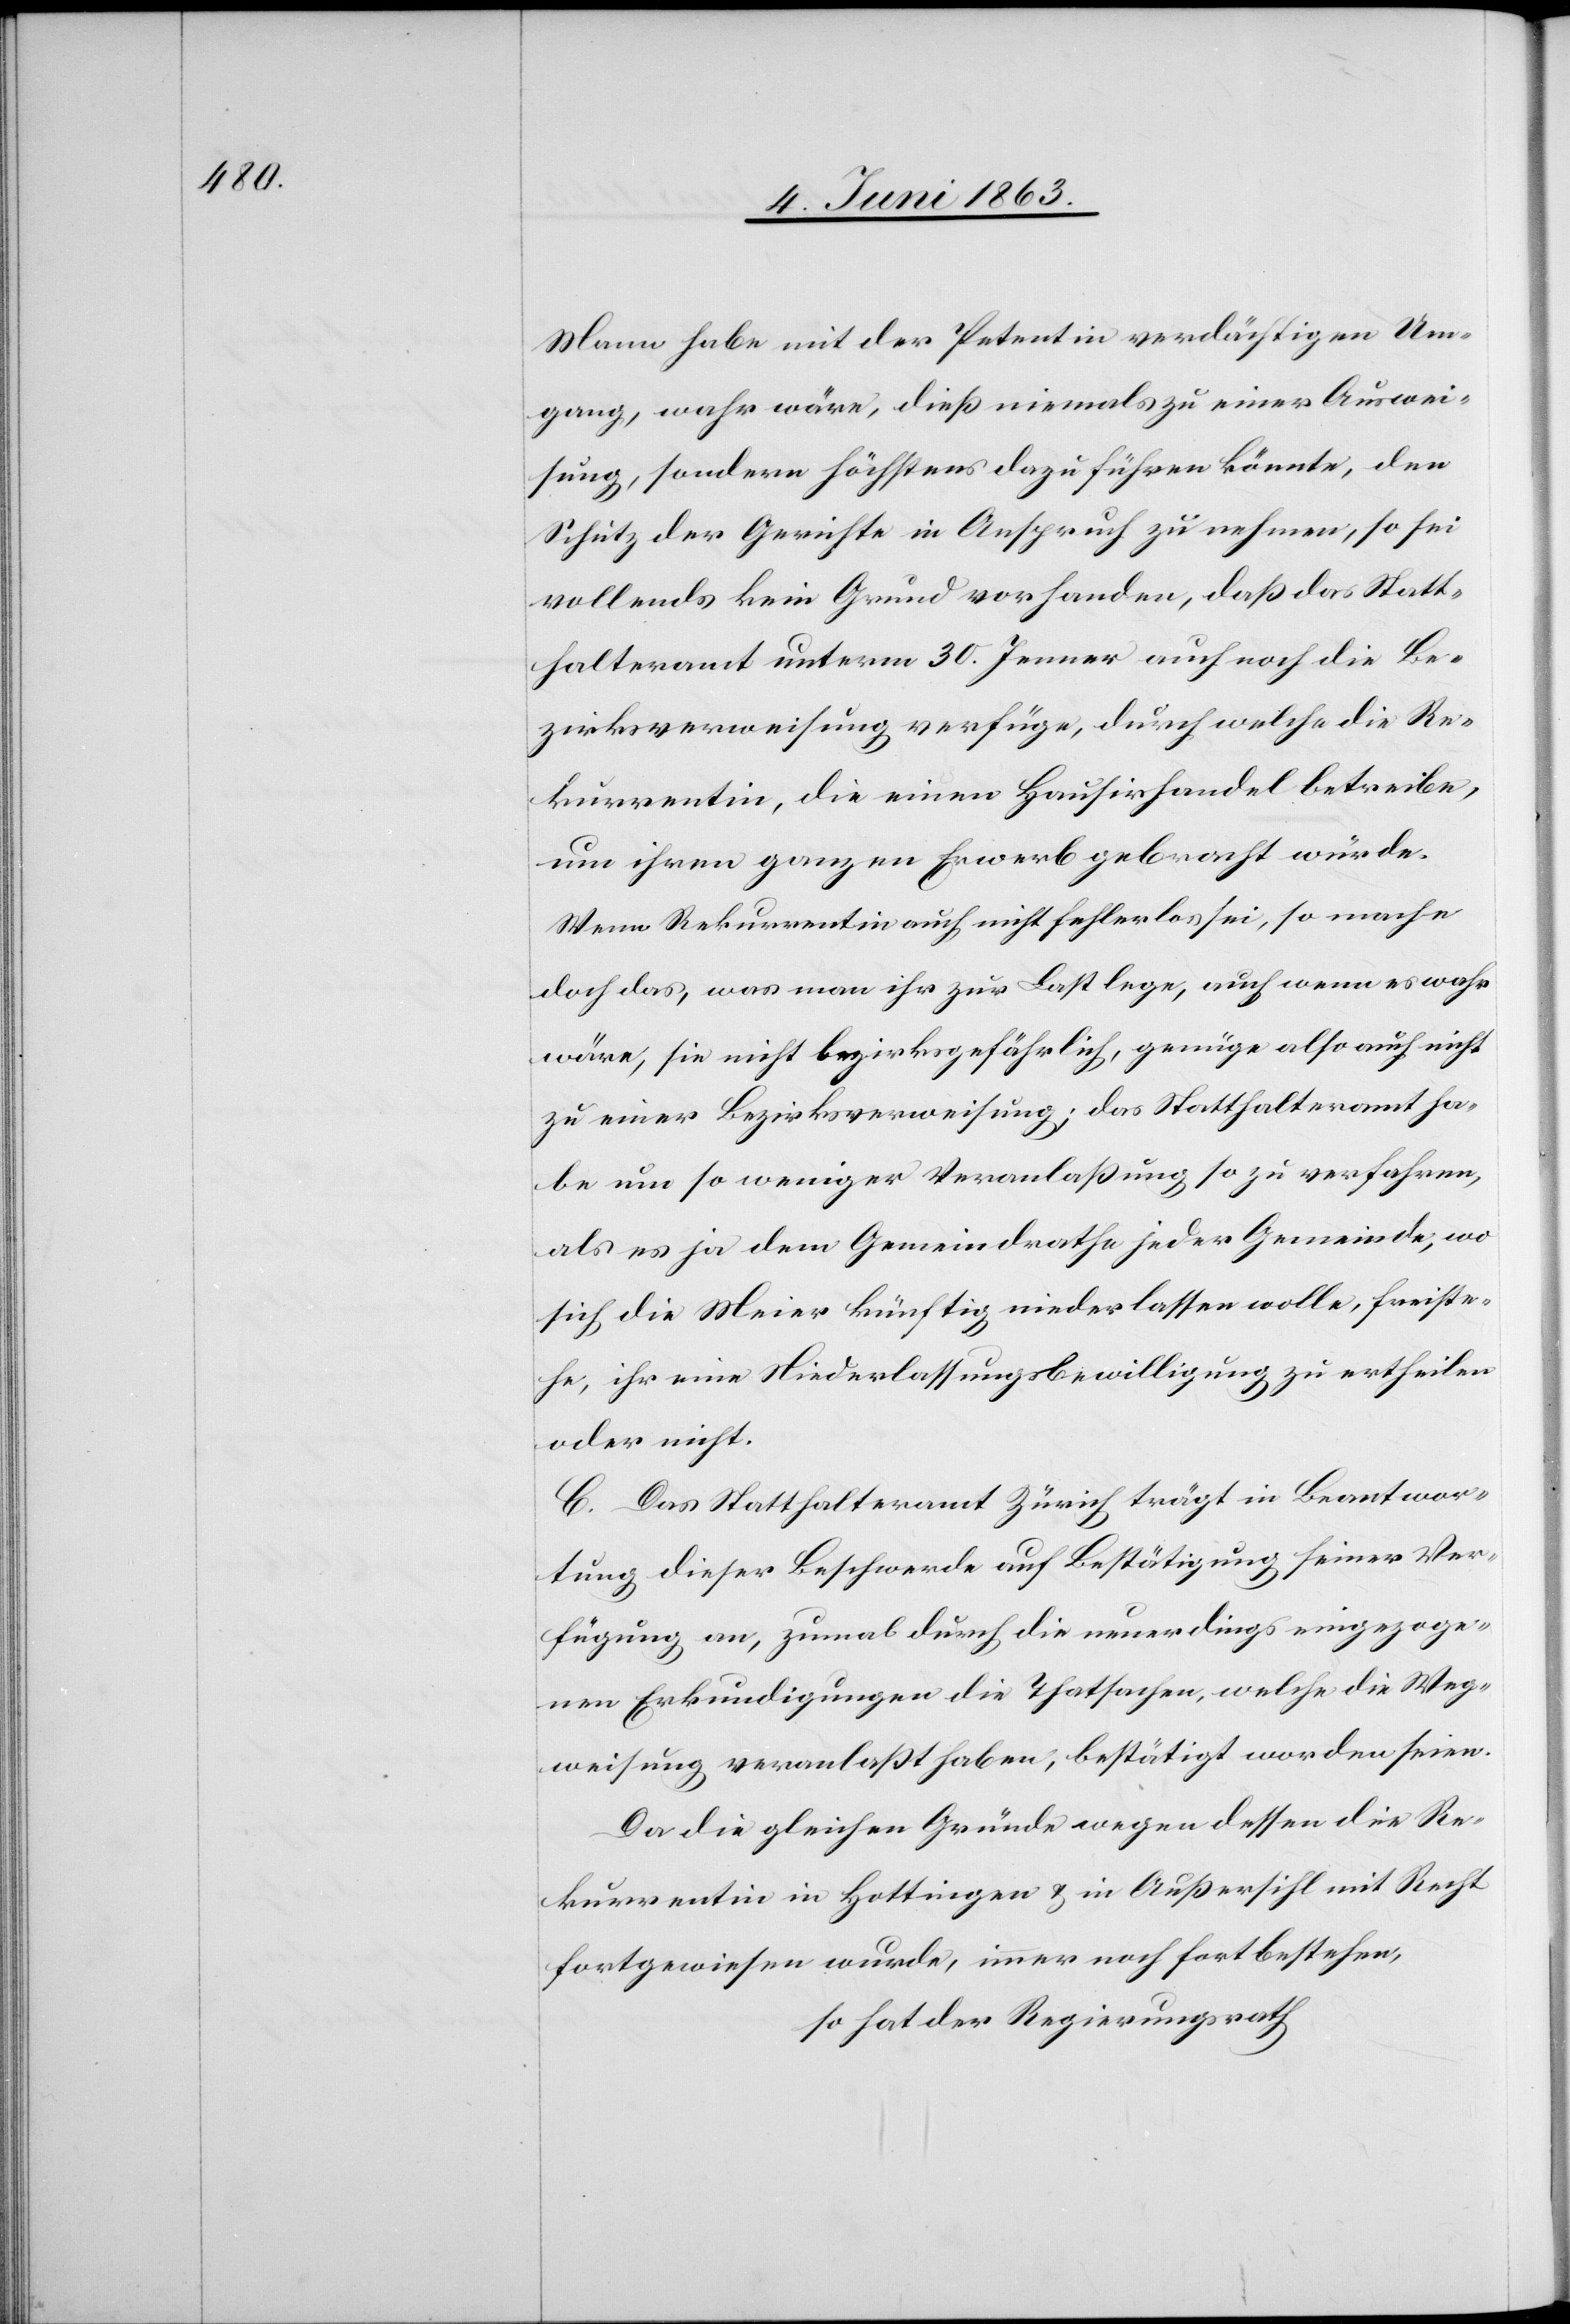
Mann habe mit der Petentin verdächtigen Um¬
gang, wahr wäre, dieß niemals zu einer Auswei¬
sung, sondern höchstens dazu führen könnte, den
Schutz der Gerichte in Anspruch zu nehmen, so sei
vollends kein Grund vorhanden, daß das Statt¬
halteramt unterm 30. Jenner auch noch die Be¬
zirksverweisung verfüge, durch welche die Re¬
kurrentin, die einen Hausirhandel betreibe,
um ihren ganzen Erwerb gebracht würde.
Wenn Rekurrentin auch nicht fehlerlos sei, so mache
doch das, was man ihr zur Last lege, auch wenn es wahr
wäre, sie nicht bezirksgefährlich, genüge also auch nicht
zu einer Bezirksverweisung; das Statthalteramt ha¬
be um so weniger Veranlaßung so zu verfahren,
als es ja dem Gemeindrathe jeder Gemeinde, wo
sich die Meier künftig niederlassen wolle, freiste¬
he, ihr eine Niederlassungsbewilligung zu ertheilen
oder nicht.
C. Das Statthalteramt Zürich trägt in Beantwor¬
tung dieser Beschwerde auf Bestätigung seiner Ver¬
fügung an, zumal durch die neuerdings eingezoge¬
nen Erkundigungen die Thatsachen, welche die Weg¬
weisung veranlaßt haben, bestätigt worden seien.
Da die gleichen Gründe wegen dessen die Re¬
kurrentin in Hottingen & in Außersihl mit Recht
fortgewiesen wurde, immer noch fortbestehen,
so hat der Regierungsrath